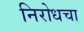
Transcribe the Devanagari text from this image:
निरोधचा